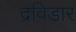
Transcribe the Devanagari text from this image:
द्रविडार